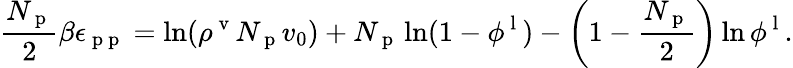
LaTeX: \frac{N_{\mathrm{~p~}}}{2}\beta\epsilon_{\mathrm{~p~p~}}=\ln(\rho^{\mathrm{~v~}}N_{\mathrm{~p~}}v_{0})+N_{\mathrm{~p~}}\ln(1-\phi^{\mathrm{~l~}})-\left(1-\frac{N_{\mathrm{~p~}}}{2}\right)\ln\phi^{\mathrm{~l~}}.